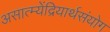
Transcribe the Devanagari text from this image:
असात्म्येंद्रियार्थसंयोग